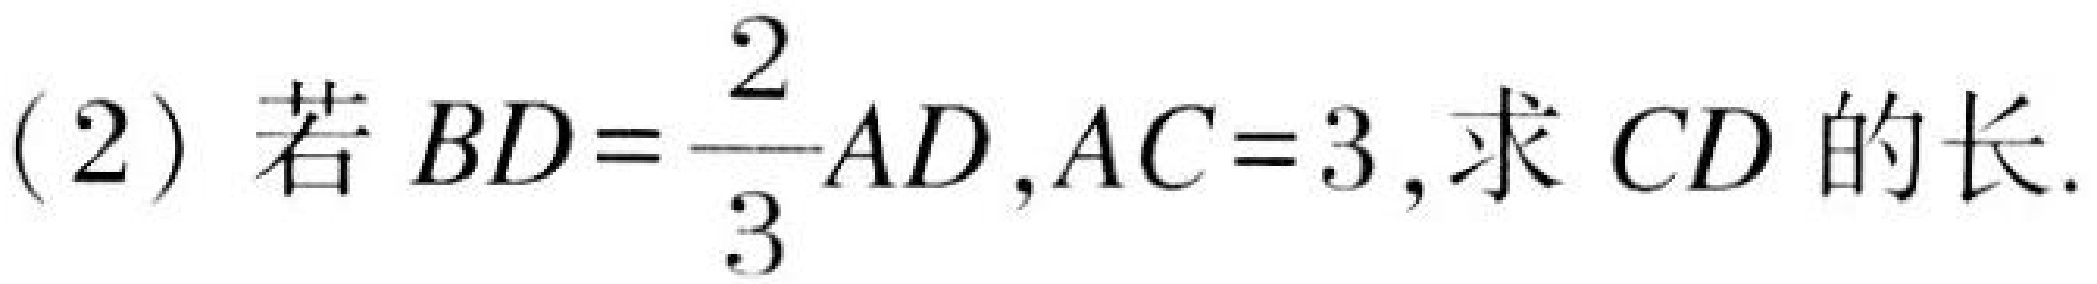
(2) 若\(BD = \dfrac{2}{3}AD\),\(AC = 3\),求\(CD\)的长.